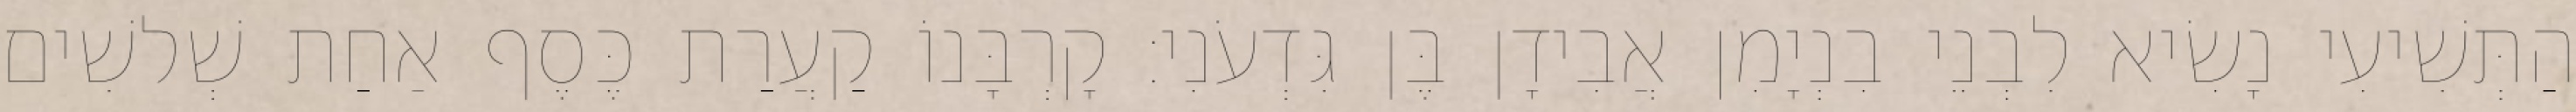
הַתְּשִׁיעִי נָשִׂיא לִבְנֵי בִנְיָמִן אֲבִידָן בֶּן גִּדְעֹנִי׃ קָרְבָּנוֹ קַעֲרַת כֶּסֶף אַחַת שְׁלשִׁים